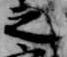
之